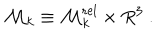
{ \cal M } _ { k } \equiv { \cal M } _ { k } ^ { \mathrm { r e l } } \times { R } ^ { 3 } \ .